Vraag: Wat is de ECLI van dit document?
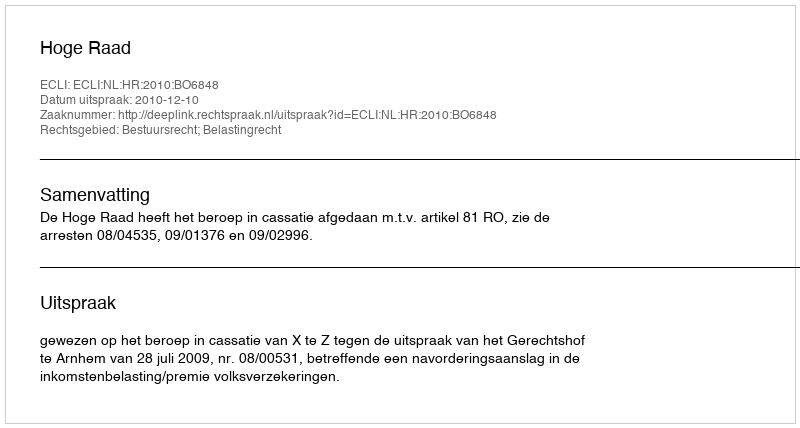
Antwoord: ECLI:NL:HR:2010:BO6848